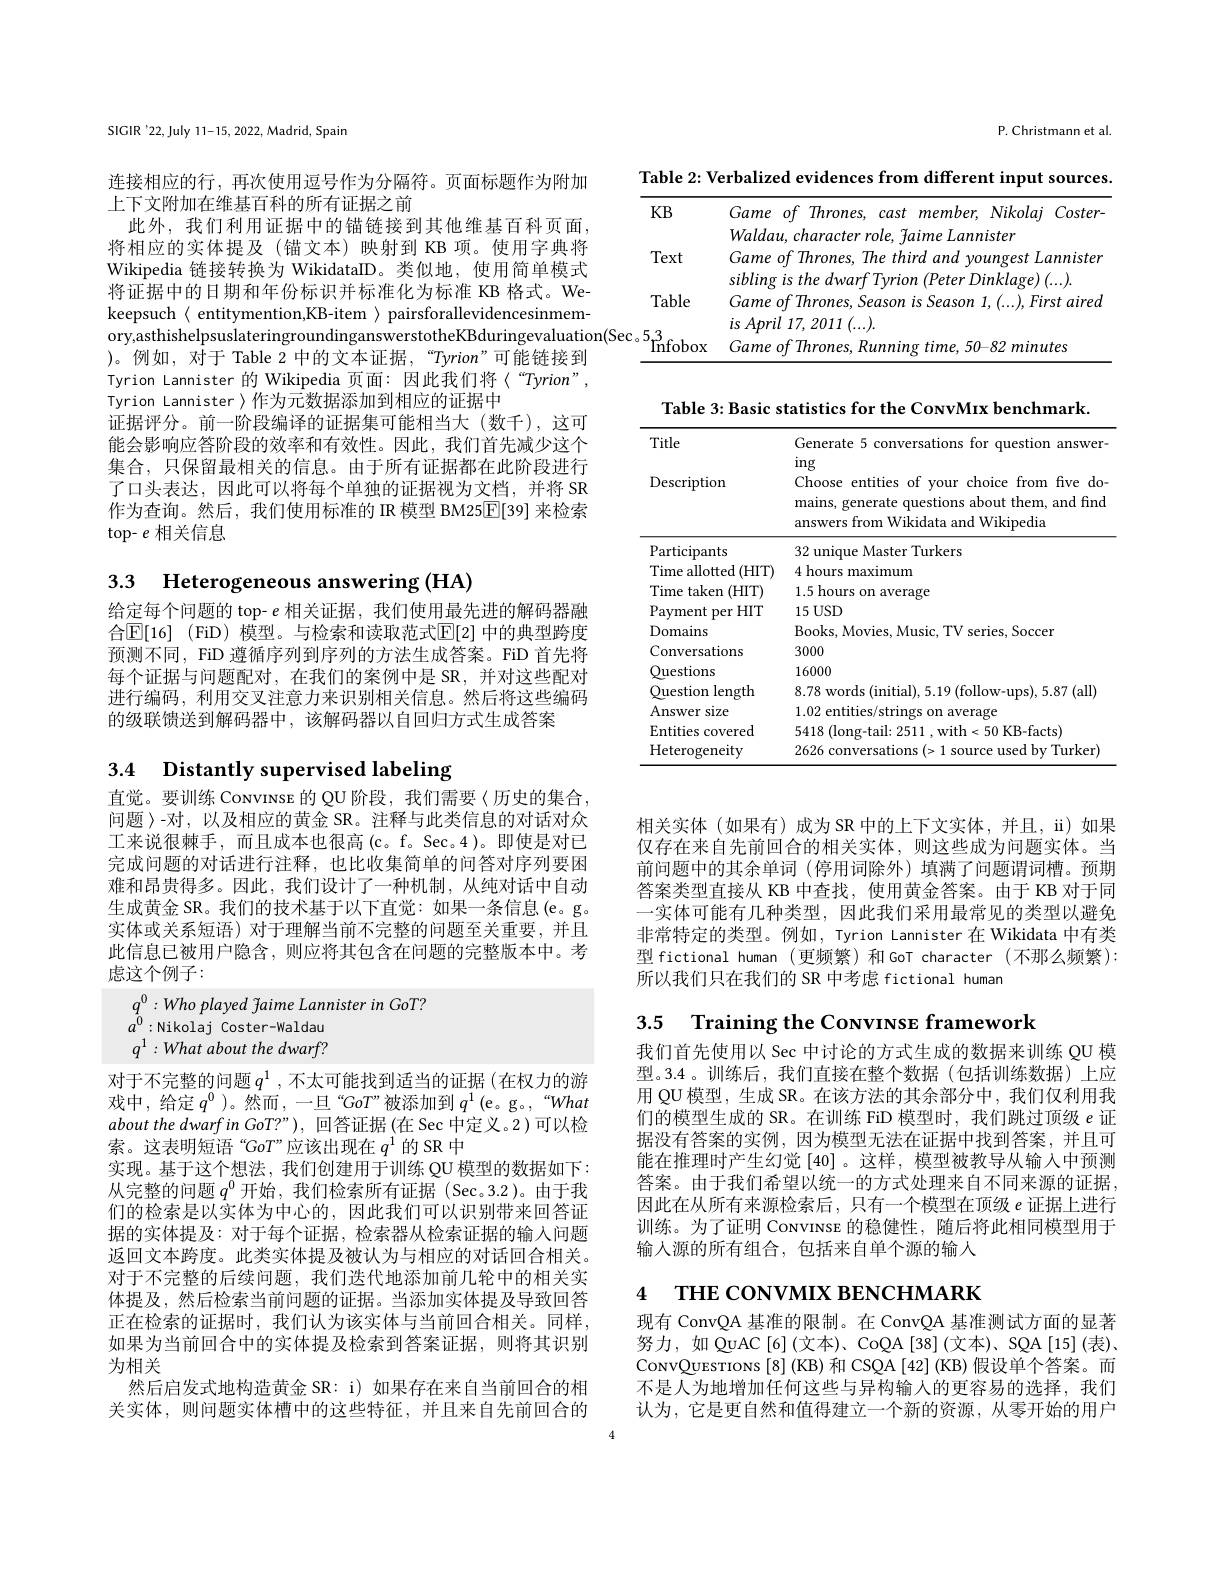
SIGIR '22, July 11-15, 2022, Madrid, Spain

连接相应的行，再次使用逗号作为分隔符。页面标题作为附加
上下文附加在维基百科的所有证据之前
此外，我们利用证据中的锚链接到其他维基百科页面， 将相应的实体提及(锚文本)映射到 KB 项。使用字典将Wikipedia 链接转换为 WikidataID。类似地，使用简单模式将证据中的日期和年份标识并标准化为标准 KB 格式。We- )。例如，对于 Table 2 中的文本证据，“Tyrion”可能链接到Tyrion Lannister 的 Wikipedia 页面：因此我们将〈“Tyrion”, Tyrion Lannister >作为元数据添加到相应的证据中
证据评分。前一阶段编译的证据集可能相当大(数千),这可能会影响应答阶段的效率和有效性。因此，我们首先减少这个集合，只保留最相关的信息。由于所有证据都在此阶段进行了口头表达，因此可以将每个单独的证据视为文档，并将 SR 作为查询。然后，我们使用标准的 IR 模型 BM25$\underline{\mathrm{E}}[39]$来检索top- $e$相关信息

3.3 Heterogeneous answering (HA)

给定每个问题的 top- $e$相关证据，我们使用最先进的解码器融合$\mathbb{E} [ 16]$ (FiD) 模型。与检索和读取范式$\mathbb{E}[2]$ 中的典型跨度预测不同，FiD 遵循序列到序列的方法生成答案。FiD 首先将每个证据与问题配对，在我们的案例中是 SR,并对这些配对进行编码，利用交叉注意力来识别相关信息。然后将这些编码的级联馈送到解码器中，该解码器以自回归方式生成答案

## 3.4 Distantly supervised labeling

直觉。要训练 Convınse 的 QU 阶段，我们需要〈历史的集合， 问题〉-对，以及相应的黄金 SR。注释与此类信息的对话对众工来说很棘手，而且成本也很高(c。f。Sec。4)。即使是对已完成问题的对话进行注释，也比收集简单的问答对序列要困难和昂贵得多。因此，我们设计了一种机制，从纯对话中自动生成黄金 SR。我们的技术基于以下直觉：如果一条信息(e。g。实体或关系短语) 对于理解当前不完整的问题至关重要，并且此信息已被用户隐含，则应将其包含在问题的完整版本中。考虑这个例子：

$q^0: Who\textit{ played faime Lannister in GoT? }$
$a^{0}:$Nikolaj Coster-waldau $q^{1}:What$ about the dwarf?

对于不完整的问题$q^1$,不太可能找到适当的证据(在权力的游戏中，给定$q^0$ )。然而，一旦“GoT”被添加到$q^1$ (e。g。,“What about the dwarf in GoT?”), 回答证据 (在 Sec 中定义。2)可以检索。这表明短语“GoT”应该出现在$q^1$的 SR 中
实现。基于这个想法，我们创建用于训练 QU 模型的数据如下： 从完整的问题$q^{0}$开始，我们检索所有证据 (Sec。3.2)。由于我们的检索是以实体为中心的，因此我们可以识别带来回答证据的实体提及：对于每个证据，检索器从检索证据的输入问题返回文本跨度。此类实体提及被认为与相应的对话回合相关。对于不完整的后续问题，我们迭代地添加前几轮中的相关实体提及，然后检索当前问题的证据。当添加实体提及导致回答正在检索的证据时，我们认为该实体与当前回合相关。同样， 如果为当前回合中的实体提及检索到答案证据，则将其识别为相关
然后启发式地构造黄金 SR: i) 如果存在来自当前回合的相关实体，则问题实体槽中的这些特征，并且来自先前回合的

P. Christmann et al

Table 2: Verbalized evidences from different input sources

<table>
	<tbody>
		<tr>
			<td>$KB$</td>
			<td>$Game~of~Thrones$, $castmember,Nikolaj$ ${\tilde{}}{Coster}$</td>
		</tr>
		<tr>
			<td>Text</td>
			<td>lSler Game of Thrones, The third and youngest Lannister $siblingisthedwarfTvrion\left(PeterDinklage\right)(...).$</td>
		</tr>
		<tr>
			<td>Table</td>
			<td>mme ones. Season is Seasor 11 Firctaired</td>
		</tr>
		<tr>
			<td>$c_{\circ}5_{\bullet}3$ $^{\prime }$Infobox</td>
			<td>$1/,\angle UI$ $1\cdots$ Game of Thrones, Running time, 50-82 minutes</td>
		</tr>
	</tbody>
</table>
keepsuch$\langle$ entitymention, KB- item $\rangle$ pairsforallevidencesinmem- $\text{ory,asthishelpsuslateringroundinganswerstotheKBduringevaluation(Sec。5}_{\mathrm{Infobox}}^{3}$ ) 。例 如 , 对 于 Table 2 中 的 文 本 证 据 , “ Tvion” 可 能 链 接 到

Table 3: Basic statistics for the ConvMıx benchmark

<table>
	<tbody>
		<tr>
			<th>Title Description</th>
			<th>Generate 5 conversations for question answer ing Choose entities of your choice from five do mains, generate questions about them, and find answers from Wikidata and Wikipedia</th>
		</tr>
		<tr>
			<td>Participants</td>
			<td>32 unique Master Turkers</td>
		</tr>
		<tr>
			<td>Time allotted $l\left(\mathrm{HIT}\right)$</td>
			<td>4 hours maximum</td>
		</tr>
		<tr>
			<td>Time taken (HIT)</td>
			<td>1.5 hours $0n$ average</td>
		</tr>
		<tr>
			<td>Payment ${\mathrm{~per~HIT}}$</td>
			<td>15 USD</td>
		</tr>
		<tr>
			<td>Domains</td>
			<td>Books. Movies ${:}1\mathbf{V}$ series. Soccer ${\mathrm{.~Mus}}$ SIT</td>
		</tr>
		<tr>
			<td>Conversations</td>
			<td>3000</td>
		</tr>
		<tr>
			<td>Questions</td>
			<td>16000</td>
		</tr>
		<tr>
			<td>Ouestion $\textbf{length}$</td>
			<td>5.87 (all 8.78 ords( intial) . 1 5.14 ( fol| o $-11ns).$</td>
		</tr>
		<tr>
			<td>Answer size</td>
			<td>1.02 entitie average</td>
		</tr>
		<tr>
			<td>Entities covered</td>
			<td>50 $KB- facts$ 5418 $\dot{rith}$</td>
		</tr>
		<tr>
			<td>Heterogeneity</td>
			<td>$r$Turker 2626 1</td>
		</tr>
	</tbody>
</table>

相关实体(如果有)成为SR中的上下文实体，并且，ii)如果仅存在来自先前回合的相关实体，则这些成为问题实体。当前问题中的其余单词 (停用词除外)填满了问题谓词槽。预期答案类型直接从 KB 中查找，使用黄金答案。由于 KB 对于同一实体可能有几种类型，因此我们采用最常见的类型以避免非常特定的类型。例如，Tyrion Lannister 在 Wikidata 中有类型 fictional human (更频繁)和GoT character (不那么频繁): 所以我们只在我们的 SR 中考虑 fictional human

3.5 Training the Convınse framework

我们首先使用以 Sec 中讨论的方式生成的数据来训练 QU 模型。3.4 。训练后，我们直接在整个数据(包括训练数据)上应用 QU 模型，生成 SR。在该方法的其余部分中，我们仅利用我们的模型生成的 SR。在训练 FiD 模型时，我们跳过顶级$e$证据没有答案的实例，因为模型无法在证据中找到答案，并且可能在推理时产生幻觉[40]。这样，模型被教导从输入中预测答案。由于我们希望以统一的方式处理来自不同来源的证据， 因此在从所有来源检索后，只有一个模型在顶级$e$证据上进行训练。为了证明 ConvINse 的稳健性，随后将此相同模型用于输人源的所有组合，包括来自单个源的输入

# 4 THE coNVMIX BENCHMARK

现有 ConvQA 基准的限制。在 ConvQA 基准测试方面的显著努力，如$\dot{\mathrm{QuAC[6](文本)、CoQA[38](文本),SQA[15](表)}}$ ConvQuesrıons[8](KB) 和 CSQA[42] (KB) 假设单个答案。而不是人为地增加任何这些与异构输入的更容易的选择，我们认为，它是更自然和值得建立一个新的资源，从零开始的用户